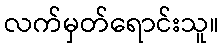
လက်မှတ်ရောင်းသူ။